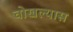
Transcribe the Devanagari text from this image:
चोखल्यास